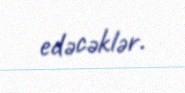
edəcəklər.